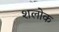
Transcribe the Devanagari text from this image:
शलोक